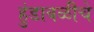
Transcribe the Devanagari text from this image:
हुंडाबळीचे